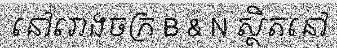
នៅរោងចក្រ B & N ស្ថិតនៅ